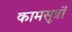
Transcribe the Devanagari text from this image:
कामसूत्रों